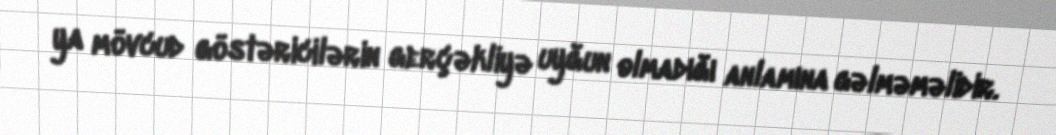
ya mövcud göstəricilərin gerçəkliyə uyğun olmadığı anlamına gəlməməlidir.